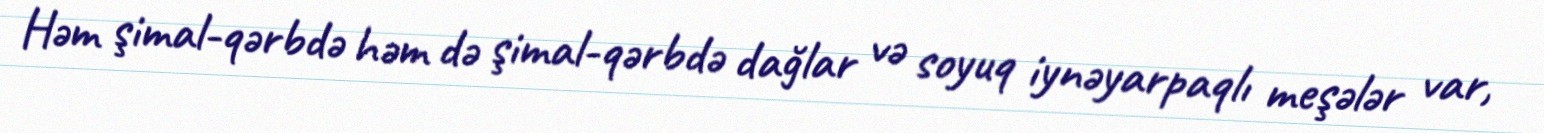
Həm şimal-qərbdə həm də şimal-qərbdə dağlar və soyuq iynəyarpaqlı meşələr var,